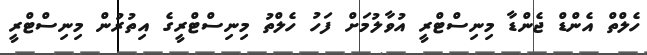
ހެލްތް އެންޑް ޖެންޑާ މިނިސްޓްރީ އުވާލުމަށް ފަހު ހެލްތު މިނިސްޓްރީގެ އިތުރުން މިނިސްޓްރީ